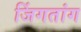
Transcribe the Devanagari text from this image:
जिंगतांग